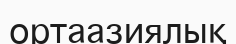
ортаазиялық